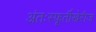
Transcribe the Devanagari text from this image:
अंतःस्फूर्तीखेरीज